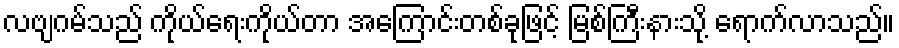
လဗျဂမ်သည် ကိုယ်ရေးကိုယ်တာ အကြောင်းတစ်ခုဖြင့် မြစ်ကြီးနားသို့ ရောက်လာသည်။